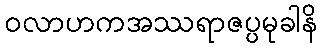
ဝလာဟကအဿရာဇပ္ပမုခါနိ